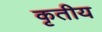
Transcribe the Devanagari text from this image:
कृतीय